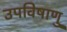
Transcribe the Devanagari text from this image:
उपविषाणु